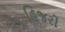
હિજરી